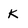
Character: K